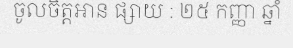
ចូលចិត្តអាន ផ្សាយ : ២៥ កញ្ញា ឆ្នាំ